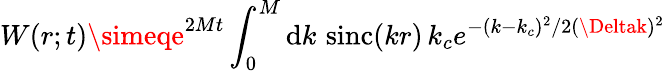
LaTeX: W(r;t)\simeqe^{2Mt}\int_{0}^{M}\mathrm{d}k\, \, \mathrm{{sinc}}(kr)\, k_{c}e^{-(k-k_{c})^{2}/2(\Deltak)^{2}}